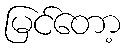
မြင်တော့